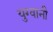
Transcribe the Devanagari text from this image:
युग्वानी